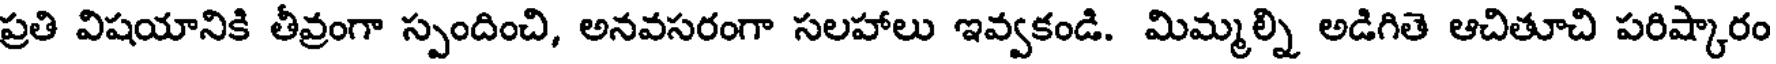
ప్రతి విషయానికి తీవ్రంగా స్పందించి, అనవసరంగా సలహాలు ఇవ్వకండి. మిమ్మల్ని అడిగితె ఆచితూచి పరిష్కారం